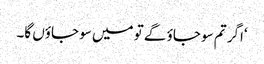
‘اگر تم سو جاؤ گے تو میں سو جاؤں گا۔